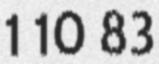
1 10 83